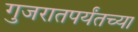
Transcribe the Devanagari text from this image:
गुजरातपर्यंतच्या